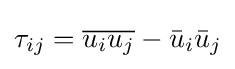
\tau _{ij}={\overline {u_{i}u_{j}}}-{\bar {u}}_{i}{\bar {u}}_{j}